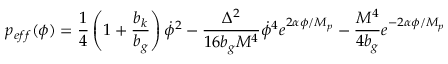
p _ { e f f } ( \phi ) = \frac { 1 } { 4 } \left( 1 + \frac { b _ { k } } { b _ { g } } \right) \dot { \phi } ^ { 2 } - \frac { \Delta ^ { 2 } } { 1 6 b _ { g } M ^ { 4 } } \dot { \phi } ^ { 4 } e ^ { 2 \alpha \phi / M _ { p } } - \frac { M ^ { 4 } } { 4 b _ { g } } e ^ { - 2 \alpha \phi / M _ { p } }